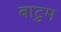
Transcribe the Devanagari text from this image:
बाटुम